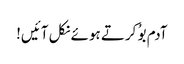
آدم بوُ کرتے ہوئے نکل آئیں!